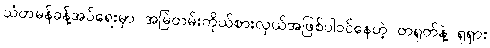
သံတမန်ခန့်အပ်ရေးမှာ အမြဲတမ်းကိုယ်စားလှယ်အဖြစ်ပါဝင်နေတဲ့ တရုတ်နဲ့ ရုရှား